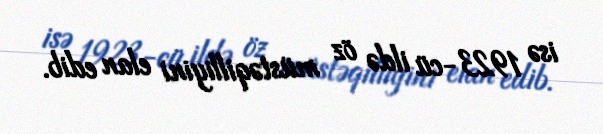
isə 1923-cü ildə öz müstəqilliyini elan edib.